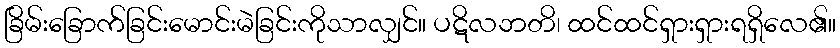
ခြိမ်းခြောက်ခြင်းမောင်းမဲခြင်းကိုသာလျှင်။ ပဋိလဘတိ၊ ထင်ထင်ရှားရှားရရှိလေ၏။